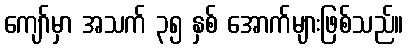
ကျော်မှာ အသက် ၃၅ နှစ် အောက်များဖြစ်သည်။